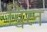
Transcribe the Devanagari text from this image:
ट्विल